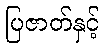
ပြဇာတ်နှင့်